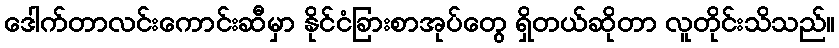
ဒေါက်တာလင်းကောင်းဆီမှာ နိုင်ငံခြားစာအုပ်တွေ ရှိတယ်ဆိုတာ လူတိုင်းသိသည်။